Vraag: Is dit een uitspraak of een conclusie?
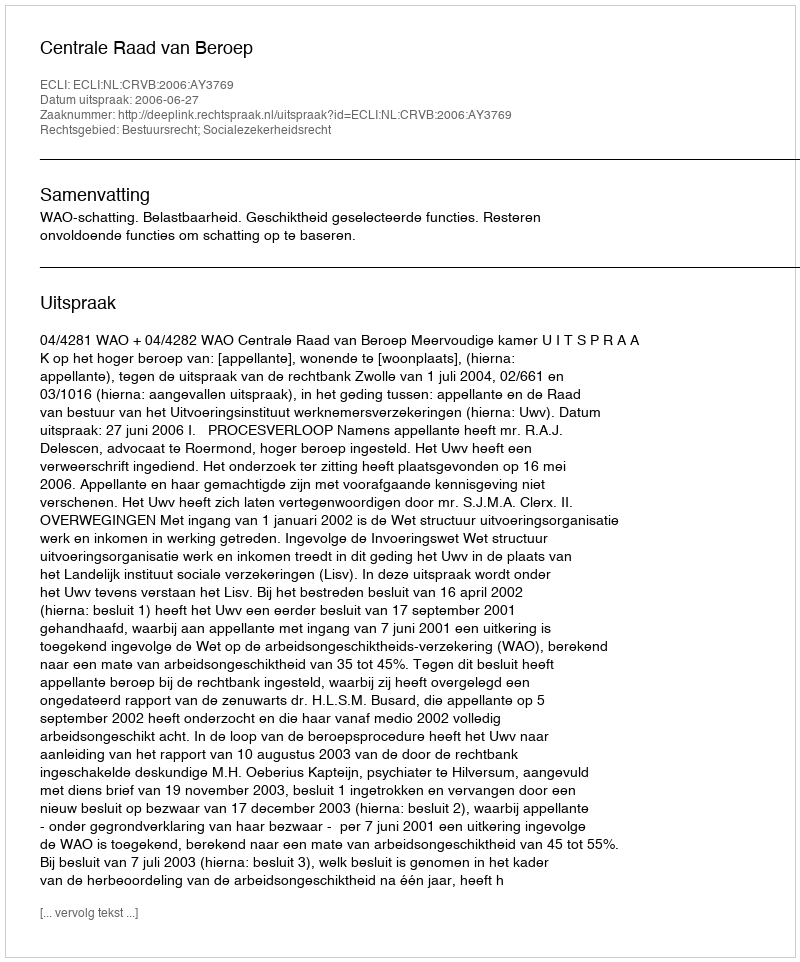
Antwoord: Uitspraak